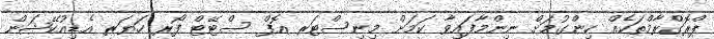
ޕްރޮގްރާމްތަކެއް ހިންގުމަށް ނިންމާފައިވާ ކަމަށް މިނިސްޓަރ އޮފް ސްޓޭޓް ފޯރ ހަޔަރ އެޑިއުކޭޝަން